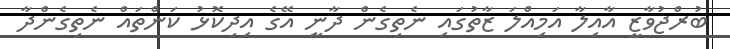
ބުރްޖުވާޒީ އާއިލާ އަމިއްލަ ޒާތުގައި ނެތިގެން ދާނީ އޭގެ އިދިކޮޅު ކަންތައް ނެތިގެންދާ